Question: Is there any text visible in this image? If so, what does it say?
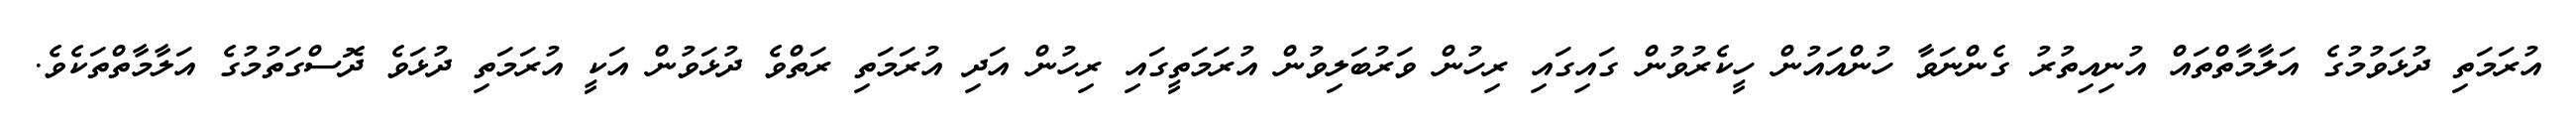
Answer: އުރަމަތި ދުޅަވުމުގެ އަލާމާތްތައް އުނިއިތުރު ގެންނަވާ ހުންއައުން ހީކެރުވުން ގައިގައި ރިހުން ވަރުބަލިވުން އުރަމަތީގައި ރިހުން އަދި އުރަމަތި ރަތްވެ ދުޅަވުން އަކީ އުރަމަތި ދުޅަވެ ދޮސްގަތުމުގެ އަލާމާތްތަކެވެ.